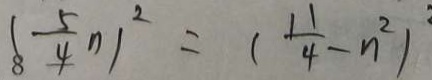
( \frac { 5 } { 4 } m ) ^ { 2 } = ( \frac { 1 1 } { 4 } - n ^ { 2 } )